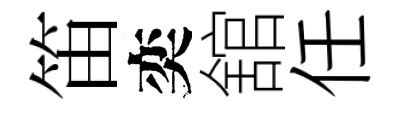
笛奕舘任